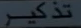
Transcribed